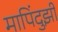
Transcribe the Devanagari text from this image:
मापिंदुझी